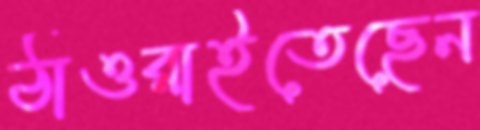
ঠাওরাইতেছেন